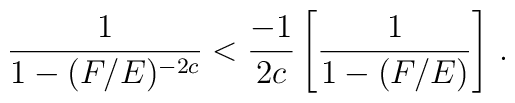
\frac{1}{1-(F/E)^{-2c}}<\frac{-1}{2c} \left[ \frac{1}{1-(F/E)} \right]\, .